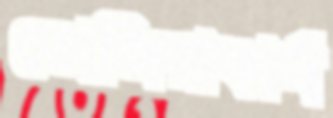
তোজিরাকার্ন